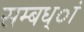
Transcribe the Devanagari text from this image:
सम्बध्ां